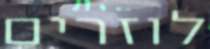
לוזרים